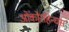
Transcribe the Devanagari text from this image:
ओंकोरहिन्चस